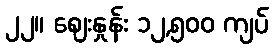
၂၂။ ဈေးနှုန်း ၁၂,၅၀၀ ကျပ်